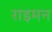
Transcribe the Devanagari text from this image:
राइमन